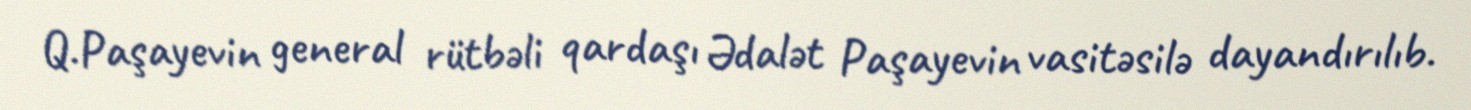
Q.Paşayevin general rütbəli qardaşı Ədalət Paşayevin vasitəsilə dayandırılıb.